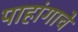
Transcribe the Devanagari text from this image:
पाहांगाचे